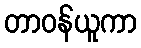
တာဝန်ယူကာ